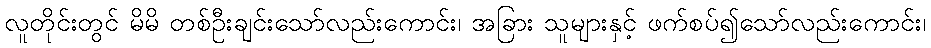
လူတိုင်းတွင် မိမိ တစ်ဦးချင်းသော်လည်းကောင်း၊ အခြား သူများနှင့် ဖက်စပ်၍သော်လည်းကောင်း၊